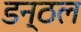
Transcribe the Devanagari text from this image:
डन्ठल